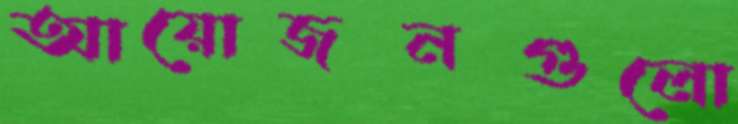
আয়োজনগুলো